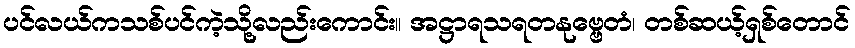
ပင်လယ်ကသစ်ပင်ကဲ့သို့လည်းကောင်း။ အဋ္ဌာရသရတနုဗ္ဗေတံ၊ တစ်ဆယ့်ရှစ်တောင်